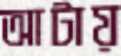
আটায়